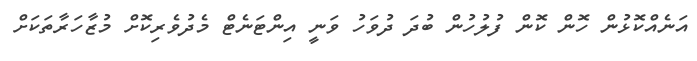
އަނެއްކޮޅުން ހޮން ކޮން ފުލުހުން ބުދަ ދުވަހު ވަނީ އިންޓަނެޓް މެދުވެރިކޮށް މުޒާހަރާތަކަށް